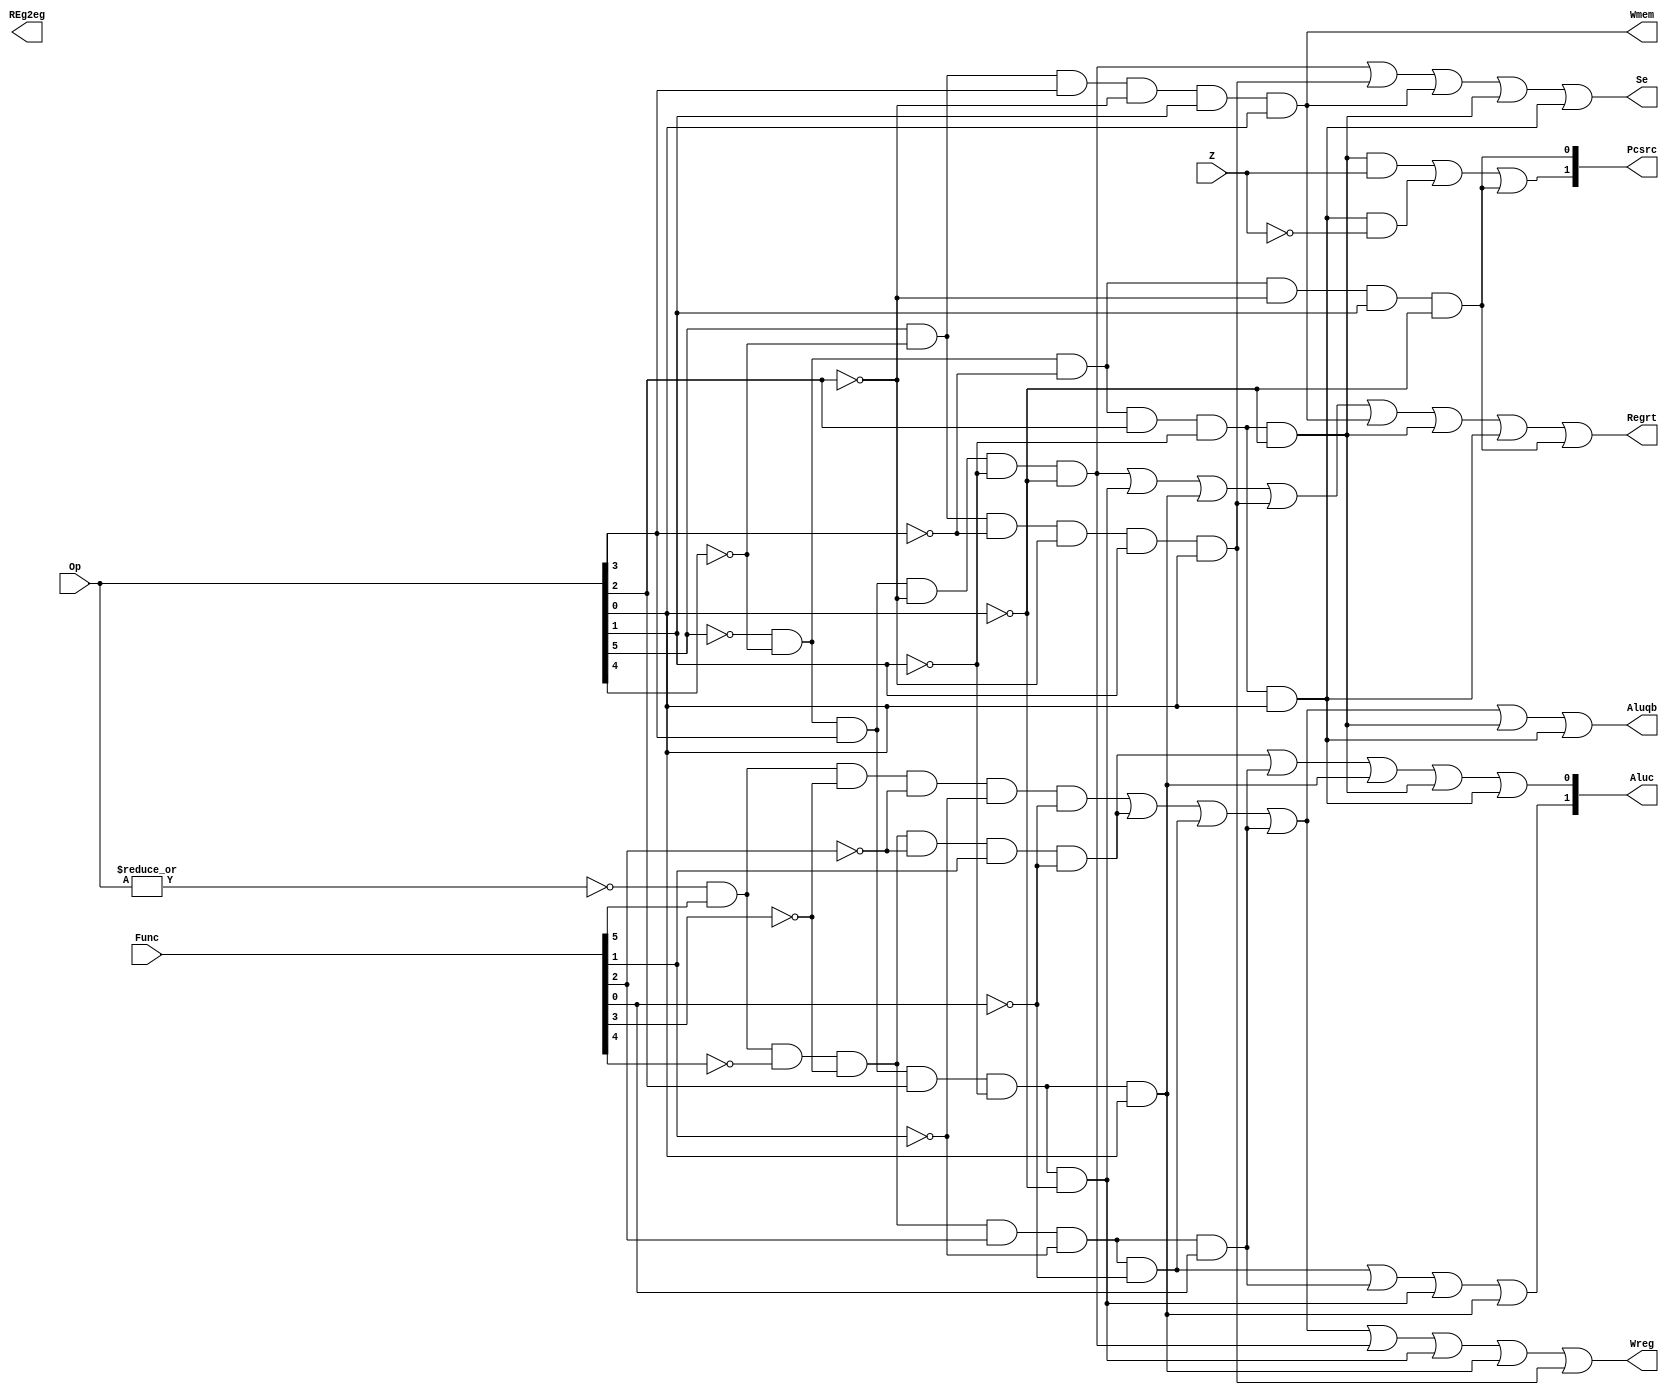
`ifndef CONUNIT_V
`define CONUNIT_V
module CONUNIT(
    input[5:0] Op,
    input[5:0] Func,
    input Z,
    output Regrt,Se,Wreg,Aluqb,Wmem,REg2eg,
    output[1:0] Pcsrc,Aluc
);   
    wire R_type=~|Op;
    wire I_add=R_type &Func[5]& ~Func[3]&~Func[2]&~Func[1]&~Func[0];
    wire I_sub = R_type & Func[5] & ~Func[4] & ~Func[3] & ~Func[2] & Func[1] & ~Func[0];
    wire I_and = R_type & Func[5] & ~Func[4] & ~Func[3] & Func[2] & ~Func[1] & ~Func[0];
    wire I_or =  R_type & Func[5] & ~Func[4] & ~Func[3] & Func[2] & ~Func[1] & Func[0];
    wire I_addi = ~Op[5] & ~Op[4] & Op[3] & ~Op[2] & ~Op[1] & ~Op[0];
    wire I_andi = ~Op[5] & ~Op[4] & Op[3] & Op[2] & ~Op[1] & ~Op[0];
    wire I_ori = ~Op[5] & ~Op[4] & Op[3] & Op[2] & ~Op[1] & Op[0];
    wire I_lw = Op[5] & ~Op[4] & ~Op[3] & ~Op[2] & Op[1] & Op[0];
    wire I_sw = Op[5] & ~Op[4] & Op[3] & ~Op[2] & Op[1] & Op[0];
    wire I_beq = ~Op[5] & ~Op[4] & ~Op[3] & Op[2] & ~Op[1] & ~Op[0];
    wire I_bne = ~Op[5] & ~Op[4] & ~Op[3] & Op[2] & ~Op[1] & Op[0];
    wire I_J = ~Op[5] & ~Op[4] & ~Op[3] & ~Op[2] & Op[1] & ~Op[0];
    
    assign Regrt = I_addi | I_andi | I_ori | I_lw | I_sw | I_beq | I_bne | I_J;
    assign Se = I_addi | I_lw | I_sw | I_beq | I_bne;
    assign Wreg = I_add | I_sub | I_and | I_or | I_addi | I_andi | I_ori | I_lw;
    assign Aluqb = I_add | I_sub | I_and | I_or | I_beq | I_bne;
    assign Aluc[1] = I_and | I_or | I_andi | I_ori;
    assign Aluc[0] = I_sub | I_or | I_ori | I_beq | I_bne;
    assign Wmem = I_sw;
    assign Pcsrc[1] = (I_beq & Z) | (I_bne & ~Z) | I_J;
    assign Pcsrc[0] = I_J;
    assign Reg2reg = I_add | I_sub | I_and | I_or | I_addi | I_andi | I_ori | I_sw | I_beq | I_bne | I_J; 

endmodule

`endif